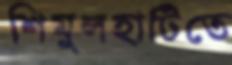
শিমুলহাটিতে